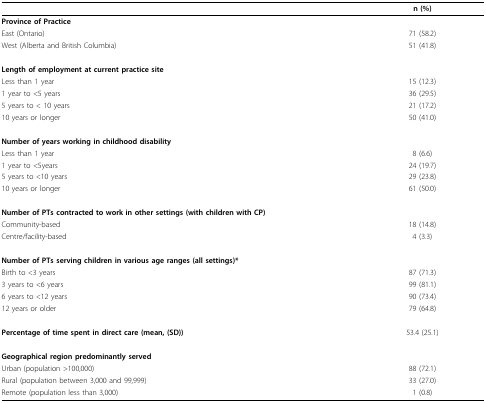
<table><thead><tr><td></td><td><b>n (%)</b></td></tr></thead><tbody><tr><td><b>Province of Practice</b></td><td></td></tr><tr><td>East (Ontario)</td><td>71 (58.2)</td></tr><tr><td>West (Alberta and British Columbia)</td><td>51 (41.8)</td></tr><tr><td><b>Length of employment at current practice site</b></td><td></td></tr><tr><td>Less than 1 year</td><td>15 (12.3)</td></tr><tr><td>1 year to &lt;5 years</td><td>36 (29.5)</td></tr><tr><td>5 years to &lt; 10 years</td><td>21 (17.2)</td></tr><tr><td>10 years or longer</td><td>50 (41.0)</td></tr><tr><td><b>Number of years working in childhood disability</b></td><td></td></tr><tr><td>Less than 1 year</td><td>8 (6.6)</td></tr><tr><td>1 year to &lt;5years</td><td>24 (19.7)</td></tr><tr><td>5 years to &lt;10 years</td><td>29 (23.8)</td></tr><tr><td>10 years or longer</td><td>61 (50.0)</td></tr><tr><td><b>Number of PTs contracted to work in other settings (with children with CP)</b></td><td></td></tr><tr><td>Community-based</td><td>18 (14.8)</td></tr><tr><td>Centre/facility-based</td><td>4 (3.3)</td></tr><tr><td><b>Number of PTs serving children in various age ranges (all settings)*</b></td><td></td></tr><tr><td>Birth to &lt;3 years</td><td>87 (71.3)</td></tr><tr><td>3 years to &lt;6 years</td><td>99 (81.1)</td></tr><tr><td>6 years to &lt;12 years</td><td>90 (73.4)</td></tr><tr><td>12 years or older</td><td>79 (64.8)</td></tr><tr><td><b>Percentage of time spent in direct care (mean, (SD))</b></td><td>53.4 (25.1)</td></tr><tr><td><b>Geographical region predominantly served</b></td><td></td></tr><tr><td>Urban (population &gt;100,000)</td><td>88 (72.1)</td></tr><tr><td>Rural (population between 3,000 and 99,999)</td><td>33 (27.0)</td></tr><tr><td>Remote (population less than 3,000)</td><td>1 (0.8)</td></tr></tbody></table>